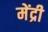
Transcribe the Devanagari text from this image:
मेंद्री